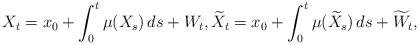
LaTeX: \begin{align*}X_t = x_0 +\int_0^t\mu(X_s)\, ds + W_t,\widetilde X_t = x_0 +\int_0^t\mu(\widetilde X_s)\, ds + \widetilde W_t,\end{align*}